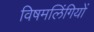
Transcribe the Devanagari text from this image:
विषमलिंगियों